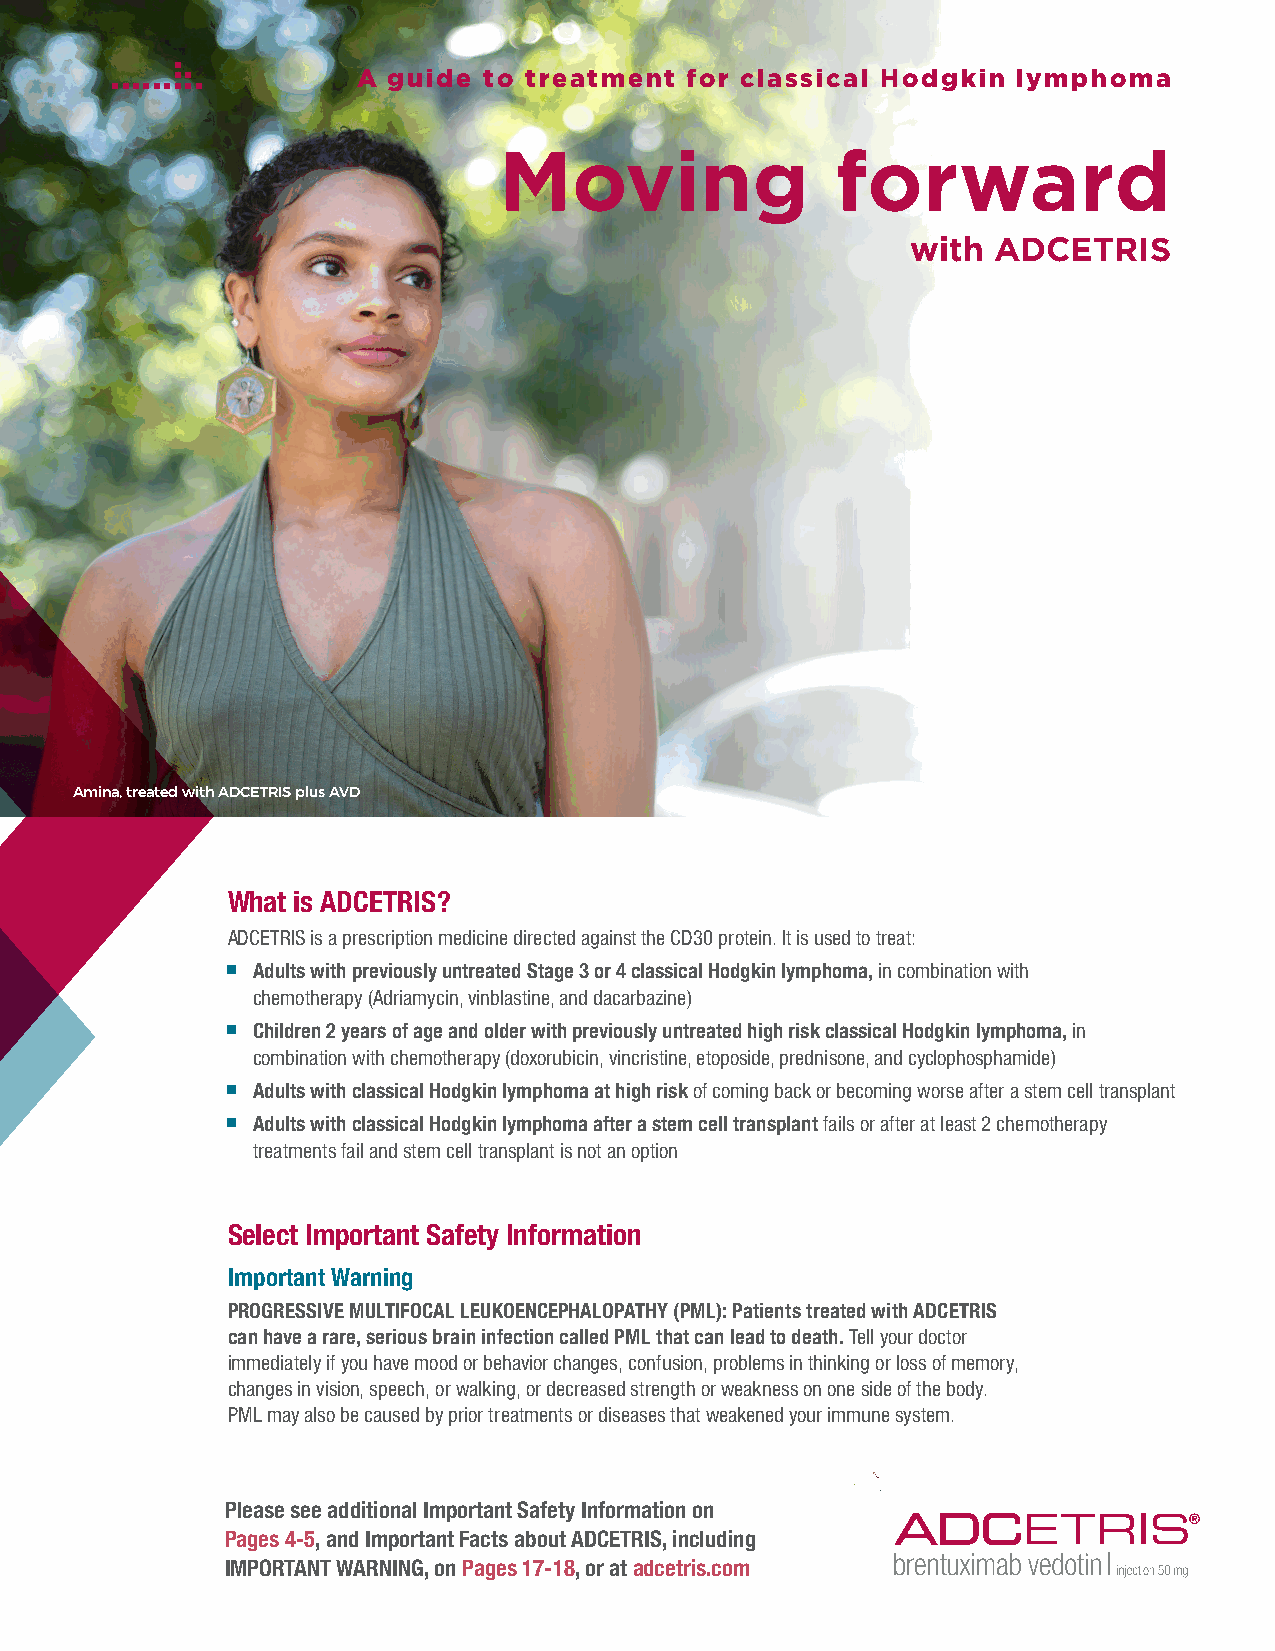
A guide to treatment for classical Hodgkin lymphoma
 Moving                forward
 with  ADCETRIS
 Amina, treated with ADCETRIS plus AVD
 What is ADCETRIS?
 ADCETRIS is a prescription medicine directed against the CD30 protein. It is used to treat:
 Adults with previously untreated Stage 3 or 4 classical Hodgkin lymphoma, in combination with
 chemotherapy (Adriamycin, vinblastine, and dacarbazine)
 Children 2 years of age and older with previously untreated high risk classical Hodgkin lymphoma, in
 combination with chemotherapy (doxorubicin, vincristine, etoposide, prednisone, and cyclophosphamide)
 Adults with classical Hodgkin lymphoma at high risk of coming back or becoming worse after a stem cell transplant
 Adults with classical Hodgkin lymphoma after a stem cell transplant fails or after at least 2 chemotherapy
 treatments fail and stem cell transplant is not an option
 Select Important Safety Information
 Important Warning
 PROGRESSIVE MULTIFOCAL LEUKOENCEPHALOPATHY (PML): Patients treated with ADCETRIS
 can have a rare, serious brain infection called PML that can lead to death. Tell your doctor
 immediately if you have mood or behavior changes, confusion, problems in thinking or loss of memory,
 changes in vision, speech, or walking, or decreased strength or weakness on one side of the body.
 PML may also be caused by prior treatments or diseases that weakened your immune system.
 Please see additional Important Safety Information on
 Pages 4-5, and Important Facts about ADCETRIS, including
 IMPORTANT WARNING, on Pages 17-18, or at adcetris.com